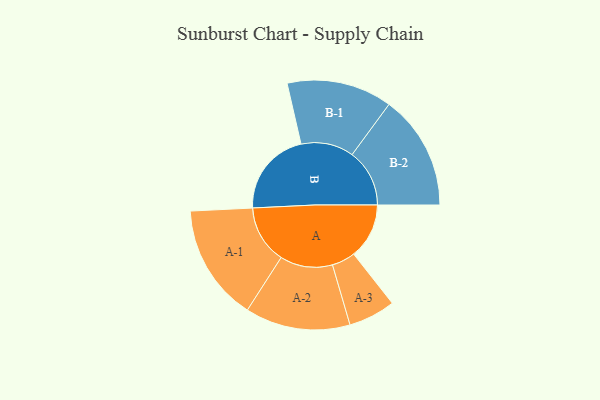
{"axis": {"x": "Segment", "y": "Value"}, "legend": ["", "A", "B"], "data": [{"x": "A", "y": 269, "type": ""}, {"x": "B", "y": 415, "type": ""}, {"x": "A-1", "y": 283, "type": "A"}, {"x": "A-2", "y": 255, "type": "A"}, {"x": "A-3", "y": 114, "type": "A"}, {"x": "B-1", "y": 256, "type": "B"}, {"x": "B-2", "y": 279, "type": "B"}]}